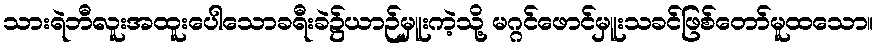
သားရဲဘီလူးအထူးပေါသောခရီးခဲ၌ယာဉ်မှူးကဲ့သို့ မဂ္ဂင်ဖောင်မှူးသခင်ဖြစ်တော်မူထသော။